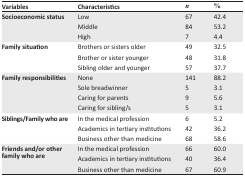
| Variables | Characteristics | n | % |
 | --- | --- | --- | --- |
 | <ROWSPAN=3> Socioeconomic status | Low | 67 | 42.4 |
 | Middle | 84 | 53.2 |
 | High | 7 | 4.4 |
 | <ROWSPAN=3> Family situation | Brothers or sisters older | 49 | 32.5 |
 | Brother or sister younger | 48 | 31.8 |
 | Sibling older and younger | 57 | 37.7 |
 | <ROWSPAN=4> Family responsibilities | None | 141 | 88.2 |
 | Sole breadwinner | 5 | 3.1 |
 | Caring for parents | 9 | 5.6 |
 | Caring for sibling/s | 5 | 3.1 |
 | <ROWSPAN=3> Siblings/Family who are | In the medical profession | 6 | 5.2 |
 | Academics in tertiary institutions | 42 | 36.2 |
 | Business other than medicine | 68 | 58.6 |
 | <ROWSPAN=3> Friends and/or other family who are | In the medical profession | 66 | 60.0 |
 | Academics in tertiary institutions | 40 | 36.4 |
 | Business other than medicine | 67 | 60.9 |